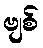
ဗျစ်